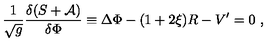
{ \frac { 1 } { \sqrt { g } } } { \frac { \delta ( S + { \cal A } ) } { \delta \Phi } } \equiv \Delta \Phi - ( 1 + 2 \xi ) R - V ^ { \prime } = 0 \ ,